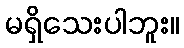
မရှိသေးပါဘူး။